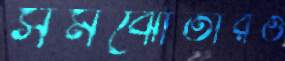
সমঝোতারও